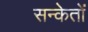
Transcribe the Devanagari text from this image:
सन्केतों